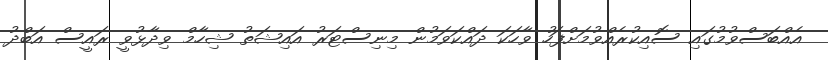
އެއްބަސްވުމުގައި ސޮއިކުރެއްވުމަށްފަހު ވާހަކަ ދައްކަވަމުން މިނިސްޓަރު އައިޝަތު ޝިހާމް ވިދާޅުވީ ރައީސް އަބްދު